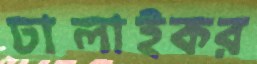
ঢালাইকর